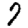
Digit: 7